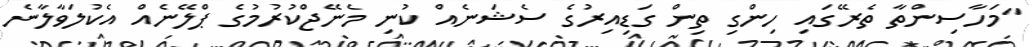
"މަހާސިންތާ ތެރޭގައި ހިންގި ތިން ގަޑިއިރުގެ ސެޝަނެއް ކުނި މެނޭޖްކުރުމުގެ ޕްލޭނެއް އެކުލަވާލާނެ